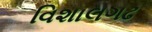
વિશાલગઢ